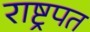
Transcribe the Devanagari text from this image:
राष्ट्रपत